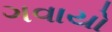
ગવાયો